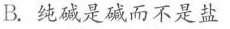
B.纯碱是碱而不是盐